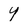
Character: 4